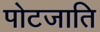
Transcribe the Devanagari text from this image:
पोटजाति